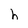
Character: e